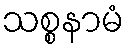
သစ္စနာမံ